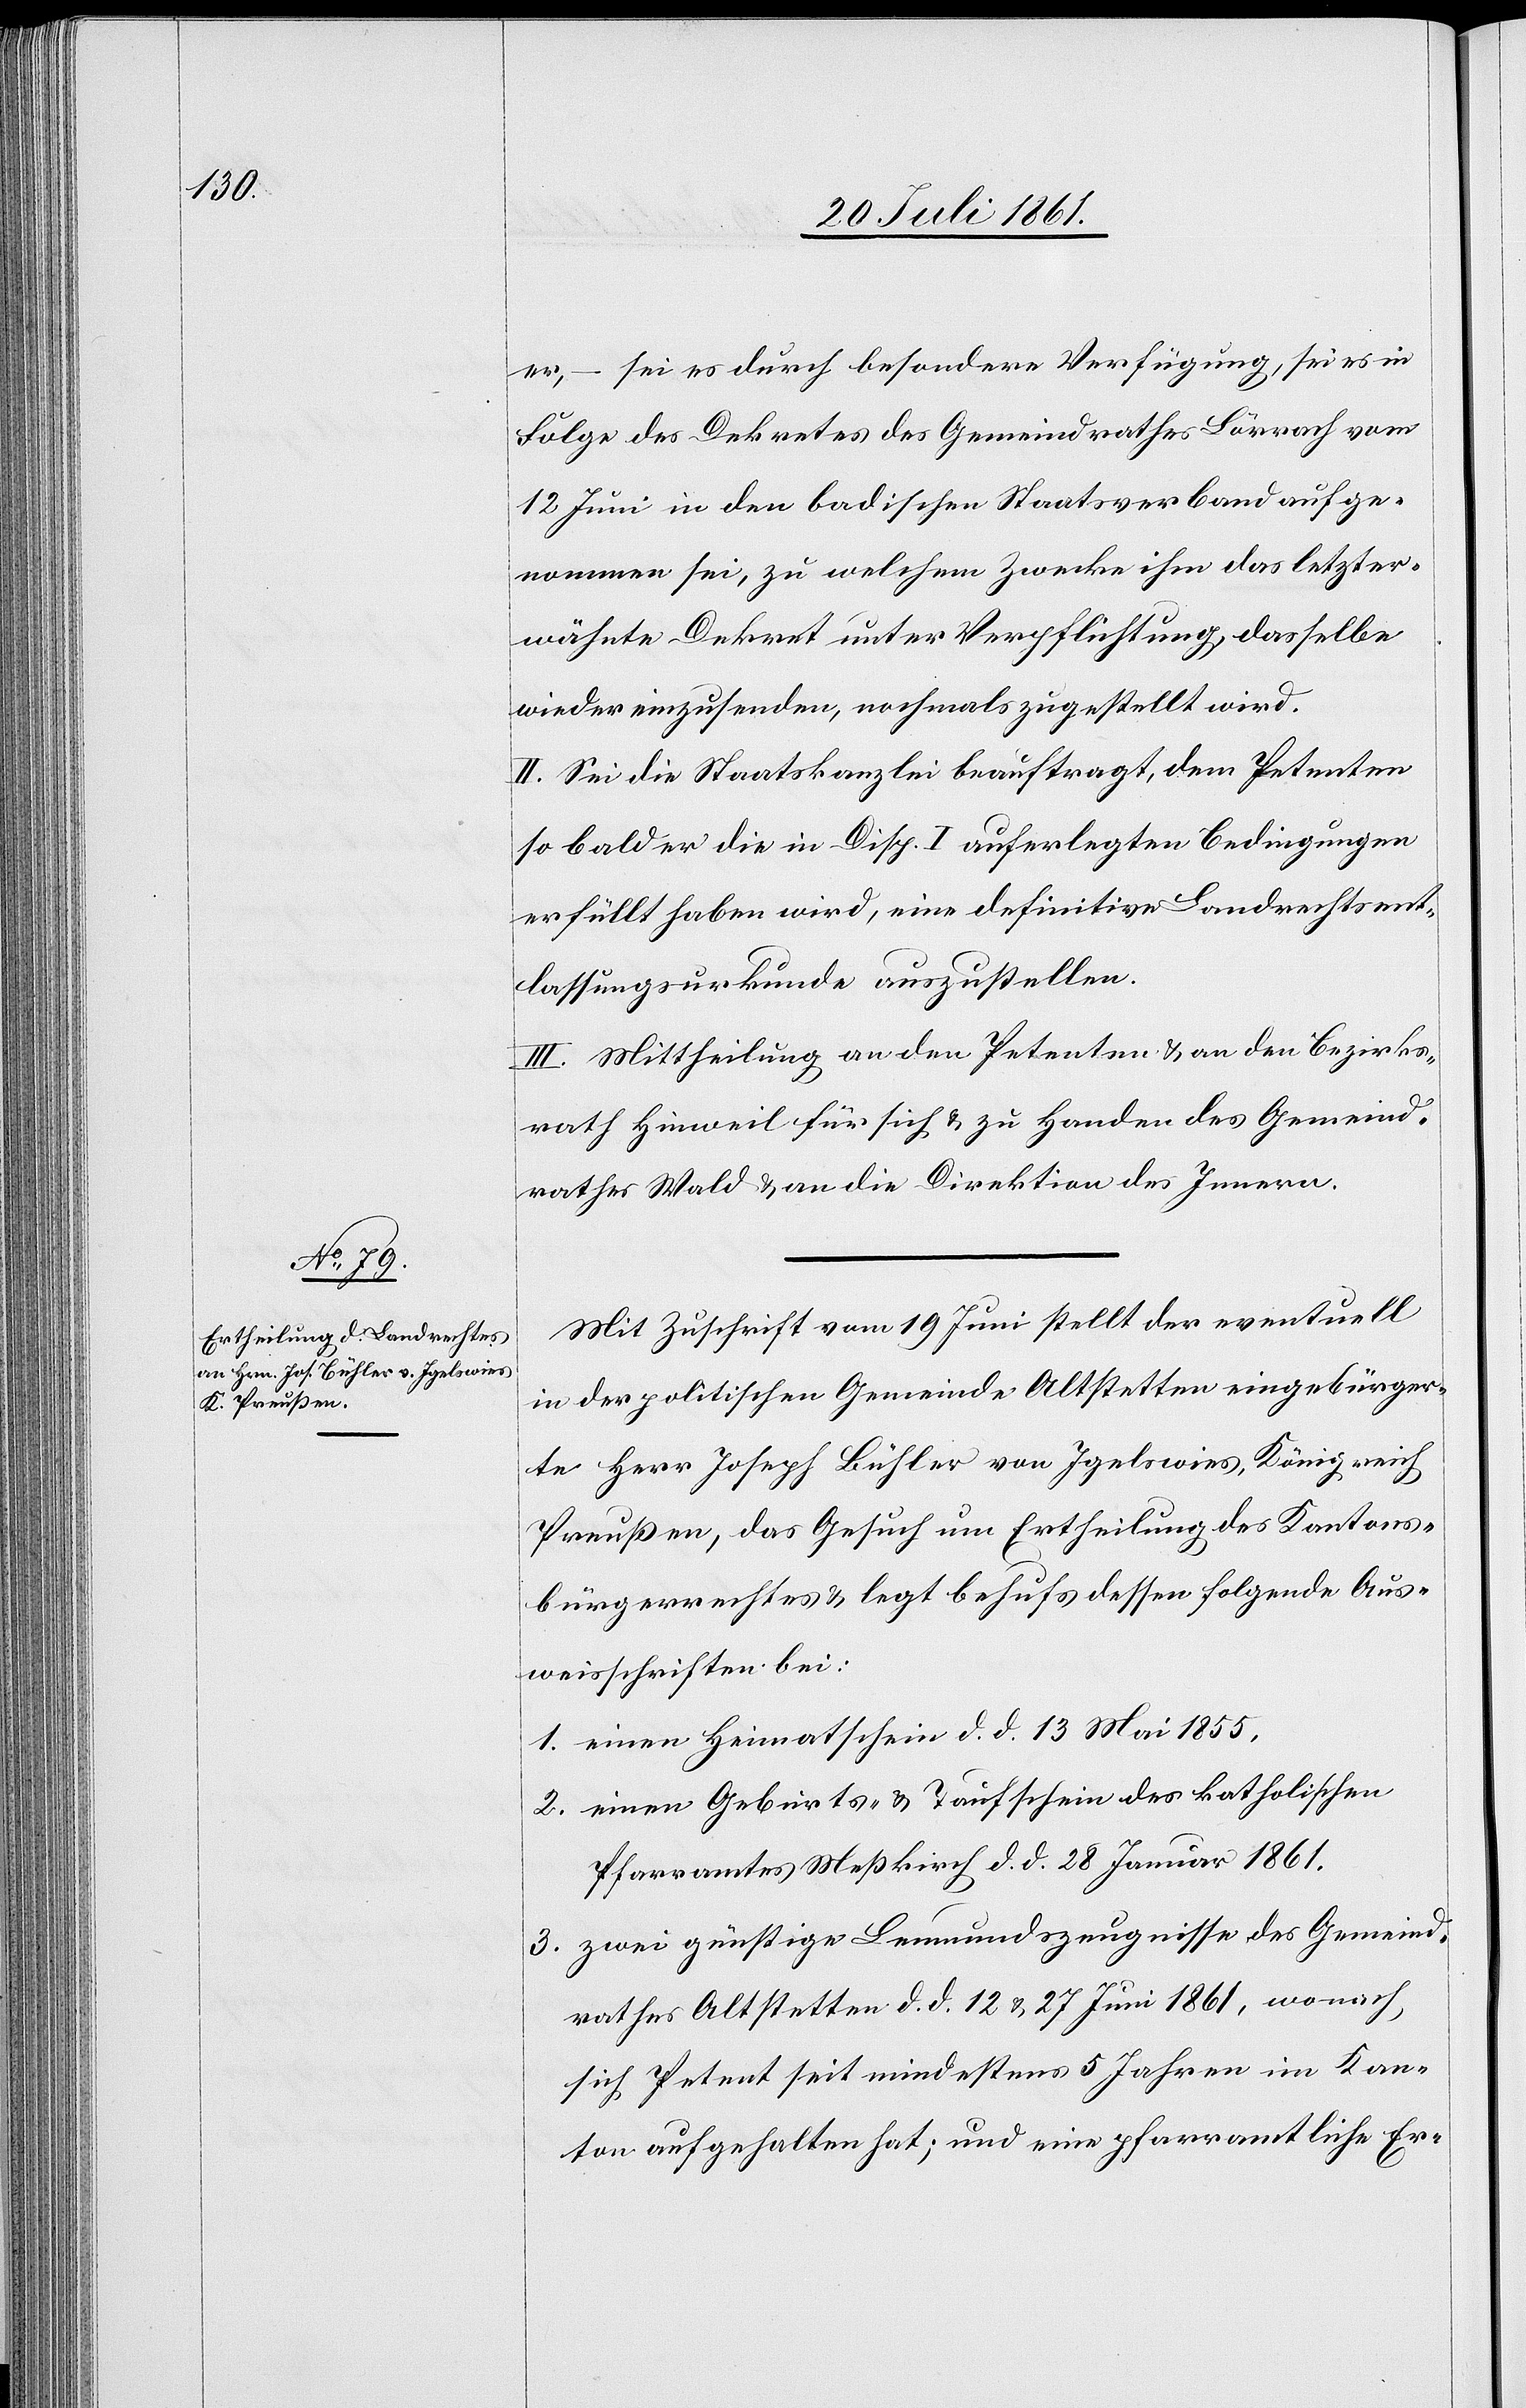
er, – sei es durch besondere Verfügung, sei es in
Folge des Dekretes des Gemeindrathes Lörrach vom
12 Juni in den badischen Staatsverband aufge¬
nommen sei, zu welchem Zwecke ihm das letzter¬
wähnte Dekret unter Verpflichtung, dasselbe
wieder einzusenden, nochmals zugestellt wird.
II. Sei die Staatskanzlei beauftragt, dem Petenten
so bald er die in Disp. I. auferlegten Bedingungen
erfüllt haben wird, eine definitive Landrechtsent¬
lassungsurkunde auszustellen.
III. Mittheilung an den Petenten u. an den Bezirks¬
rath Hinweil für sich u. zu Handen des Gemeind¬
rathes Wald u. an die Direktion des Innern.
Mit Zuschrift vom 19 Juni stellt der eventuell
in der politischen Gemeinde Altstetten eingebürger¬
te Herr Joseph Bühler von Igelwies, Königreich
Preußen, das Gesuch um Ertheilung des Kantons¬
bürgerrechtes u. legt behufs dessen folgende Aus¬
weisschriften bei:
1. einen Heimatschein d. d. 13 Mai 1855,
2. einen Geburts- u. Taufschein des katholischen
Pfarramtes Meßkirch d. d. 28 Januar 1861.
3. zwei günstige Leumundszeugnisse des Gemeind¬
rathes Altstetten d. d. 12 u. 27 Juni 1861, wonach,
sich Petent seit mindestens 5 Jahren im Kan¬
ton aufgehalten hat; und eine pfarramtliche Er-